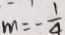
m = - \frac { 1 } { 4 }